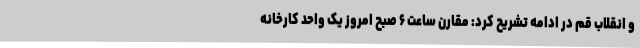
و انقلاب قم در ادامه تشریح کرد: مقارن ساعت ۶ صبح امروز یک واحد کارخانه